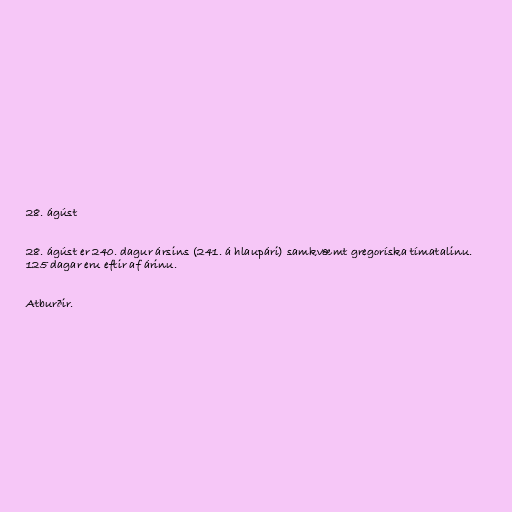
28. ágúst

28. ágúst er 240. dagur ársins (241. á hlaupári) samkvæmt gregoríska tímatalinu.
125 dagar eru eftir af árinu.

Atburðir.